Indian journal of veterinary science and animal husbandry - Volumes 18-21, 1948-1951
Year: 1948
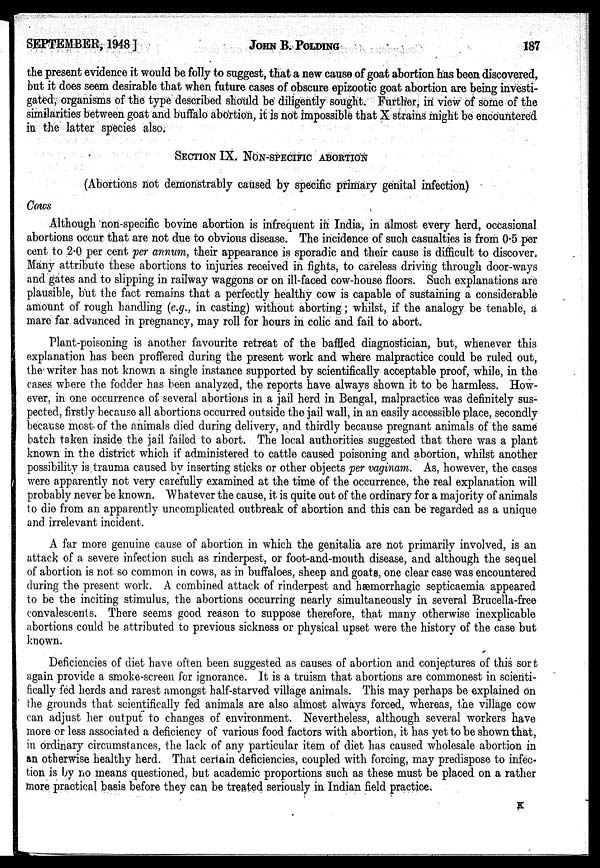
SEPTEMBER, 1948]
JOHN
B.
POLDING
187
the present evidence it would be folly to suggest, that a new cause of goat abortion has been discovered,
but it does seem desirable that when future cases of obscure epizootic goat abortion are being investi-
gated, organisms of the type described should be diligently sought. Further, in view of some of the
similarities between goat and buffalo abortion, it is not impossible that X strains might be encountered
in the latter species also,
SECTION IX. NON-SPECIFIC ABORTION
(Abortions not demonstrably caused by specific primary genital infection)
Cows
Although non-specific bovine abortion is infrequent in India, in almost every herd, occasional
abortions occur that are not due to obvious disease. The incidence of such casualties is from 0.5 per
cent to 2.0 per cent per annum, their appearance is sporadic and their cause is difficult to discover,
Many attribute these abortions to injuries received in fights, to careless driving through door-ways
and gates and to slipping in railway waggons or on ill-faced cow-house floors. Such explanations are
plausible, but the fact remains that a perfectly healthy cow is capable of sustaining a considerable
amount of rough handling (e.g., in casting) without aborting ; whilst, if the analogy be tenable, a
mare far advanced in pregnancy, may roll for hours in colic and fail to abort.
Plant-poisoning is another favourite retreat of the baffled diagnostician, but, whenever this
explanation has been proffered during the present work and where malpractice could be ruled out,
the writer has not known a single instance supported by scientifically acceptable proof, while, in the
cases where the fodder has been analyzed, the reports have always shown it to be harmless. How-
ever, in one occurrence of- several abortions in a jail herd in Bengal, malpractice was definitely sus-
pected, firstly because all abortions occurred outside the jail wall, in an easily accessible place, secondly
because most of the animals died during delivery, and thirdly because pregnant animals of the same
batch taken inside the jail failed to abort. The local authorities suggested that there was a plant
known in the district which if administered to cattle caused poisoning and abortion, whilst another
possibility is trauma caused by inserting sticks or other objects per vaginam. As, however, the cases
were apparently not very carefully examined at the time of the occurrence, the real explanation will
probably never be known. Whatever the cause, it is quite out of the ordinary for a majority of animals
to die from an apparently uncomplicated outbreak of abortion and this can be regarded as a unique
and irrelevant incident.
A far more genuine cause of abortion in which the genitalia are not primarily involved, is an
attack of a severe infection such as rinderpest, or foot-and-mouth disease, and although the sequel
of abortion is not so common in cows, as in buffaloes, sheep and goats, one clear case was encountered
during the present work. A combined attack of rinderpest and hæmorrhagic septicaemia appeared
to be the inciting stimulus, the abortions occurring nearly simultaneously in several Brucella-free
convalescents. There seems good reason to suppose therefore, that many otherwise inexplicable
abortions could be attributed to previous sickness or physical upset were the history of the case but
known.
Deficiencies of diet have often been suggested as causes of abortion and conjectures of this sort
again provide a smoke-screen for ignorance. It is a truism that abortions are commonest in scienti-
fically fed herds and rarest amongst half-starved village animals. This may perhaps be explained on
the grounds that scientifically fed animals are also almost always forced, whereas, the village cow
can adjust her output to changes of environment. Nevertheless, although several workers have
more or less associated a deficiency of various food factors with abortion, it has yet to be shown that,
in ordinary circumstances, the lack of any particular item of diet has caused wholesale abortion in
an otherwise healthy herd. That certain deficiencies, coupled with forcing, may predispose to infec-
tion is by no means questioned, but academic proportions such as these must be placed on a rather
more practical basis before they can be treated seriously in Indian field practice.
K